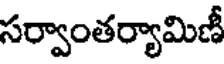
సర్వాంతర్యామిణీ